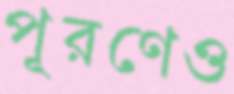
পূরণেও